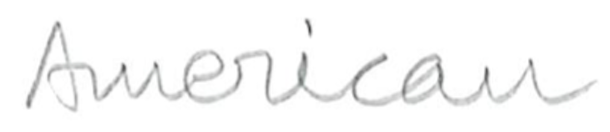
Text: American
Cross-out: clean
Writing tool: pencil